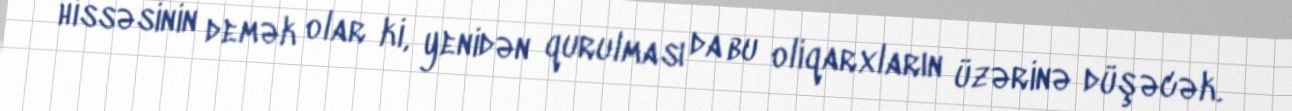
hissəsinin demək olar ki, yenidən qurulması da bu oliqarxların üzərinə düşəcək.